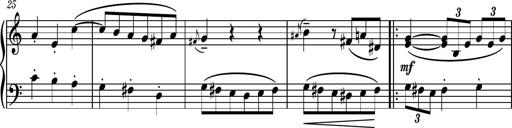
Title: Piano Sonatina II
Composer: Dimitri Sykias
Key: F major